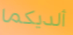
ألديكما